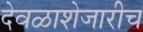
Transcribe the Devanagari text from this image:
देवळाशेजारीच